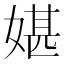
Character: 媅